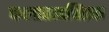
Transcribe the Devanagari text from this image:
कलातत्त्वचिंतक